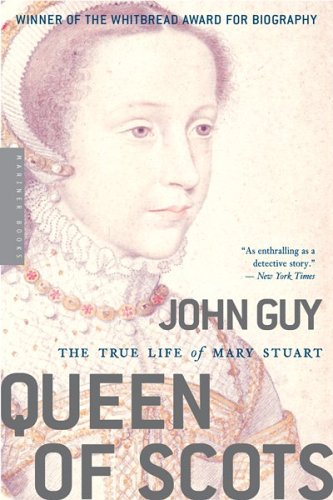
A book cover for Queen of Scots: The True Life of Mary Stuart; John Guy; Biographies & Memoirs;